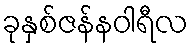
ခုနှစ်ဇန်နဝါရီလ